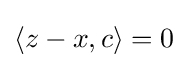
\langle z-x,c\rangle =0